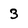
Character: 3